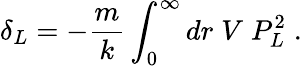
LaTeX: \delta_{L}=-\frac{m}{k}\int_{0}^{\infty}dr\; V\; P_{L}^{2}\; .